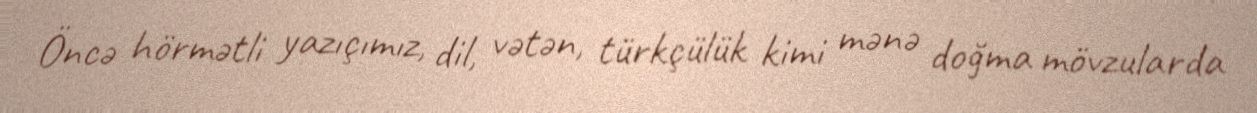
Öncə hörmətli yazıçımız, dil, vətən, türkçülük kimi mənə doğma mövzularda